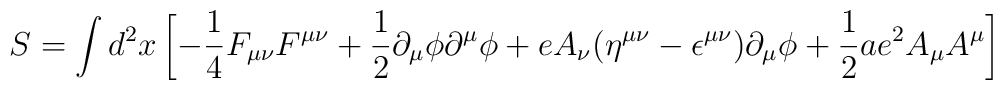
S = \int d^2x \left[ -{{1}\over {4}}F_{\mu \nu}F^{\mu \nu}                           +{{1}\over{2}}\partial_{\mu}\phi\partial^{\mu}\phi                          +eA_{\nu}(\eta^{\mu \nu}                          -\epsilon^{\mu \nu})\partial_{\mu}\phi              +{{1}\over{2}}ae^{2}A_{\mu}A^{\mu}\right]